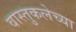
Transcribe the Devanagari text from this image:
वास्तुकलेच्या